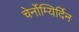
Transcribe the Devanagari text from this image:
चेर्नोम्यिर्दिन